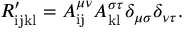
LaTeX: R _ { \mathrm { i j k l } } ^ { \prime } = A _ { \mathrm { i j } } ^ { \mu \nu } A _ { \mathrm { k l } } ^ { \sigma \tau } \delta _ { \mu \sigma } \delta _ { \nu \tau } .